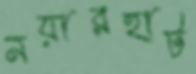
নয়ারহাট